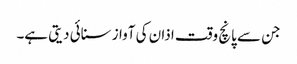
جن سے پانچ وقت اذان کی آواز سنائی دیتی ہے۔